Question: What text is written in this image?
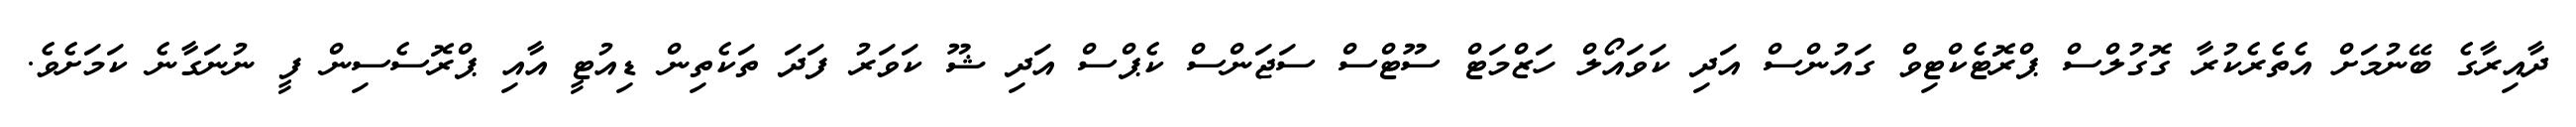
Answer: ދާއިރާގެ ބޭނުމަށް އެތެރެކުރާ ގޮގުލްސް ޕްރޮޓެކްޓިވް ގައުންސް އަދި ކަވައޯލް ހަޒްމަޓް ސޫޓްސް ސަޖަންސް ކެޕްސް އަދި ޝޫ ކަވަރު ފަދަ ތަކެތިން ޑިއުޓީ އާއި ޕްރޮސެސިން ފީ ނުނަގާނެ ކަމަށެވެ.